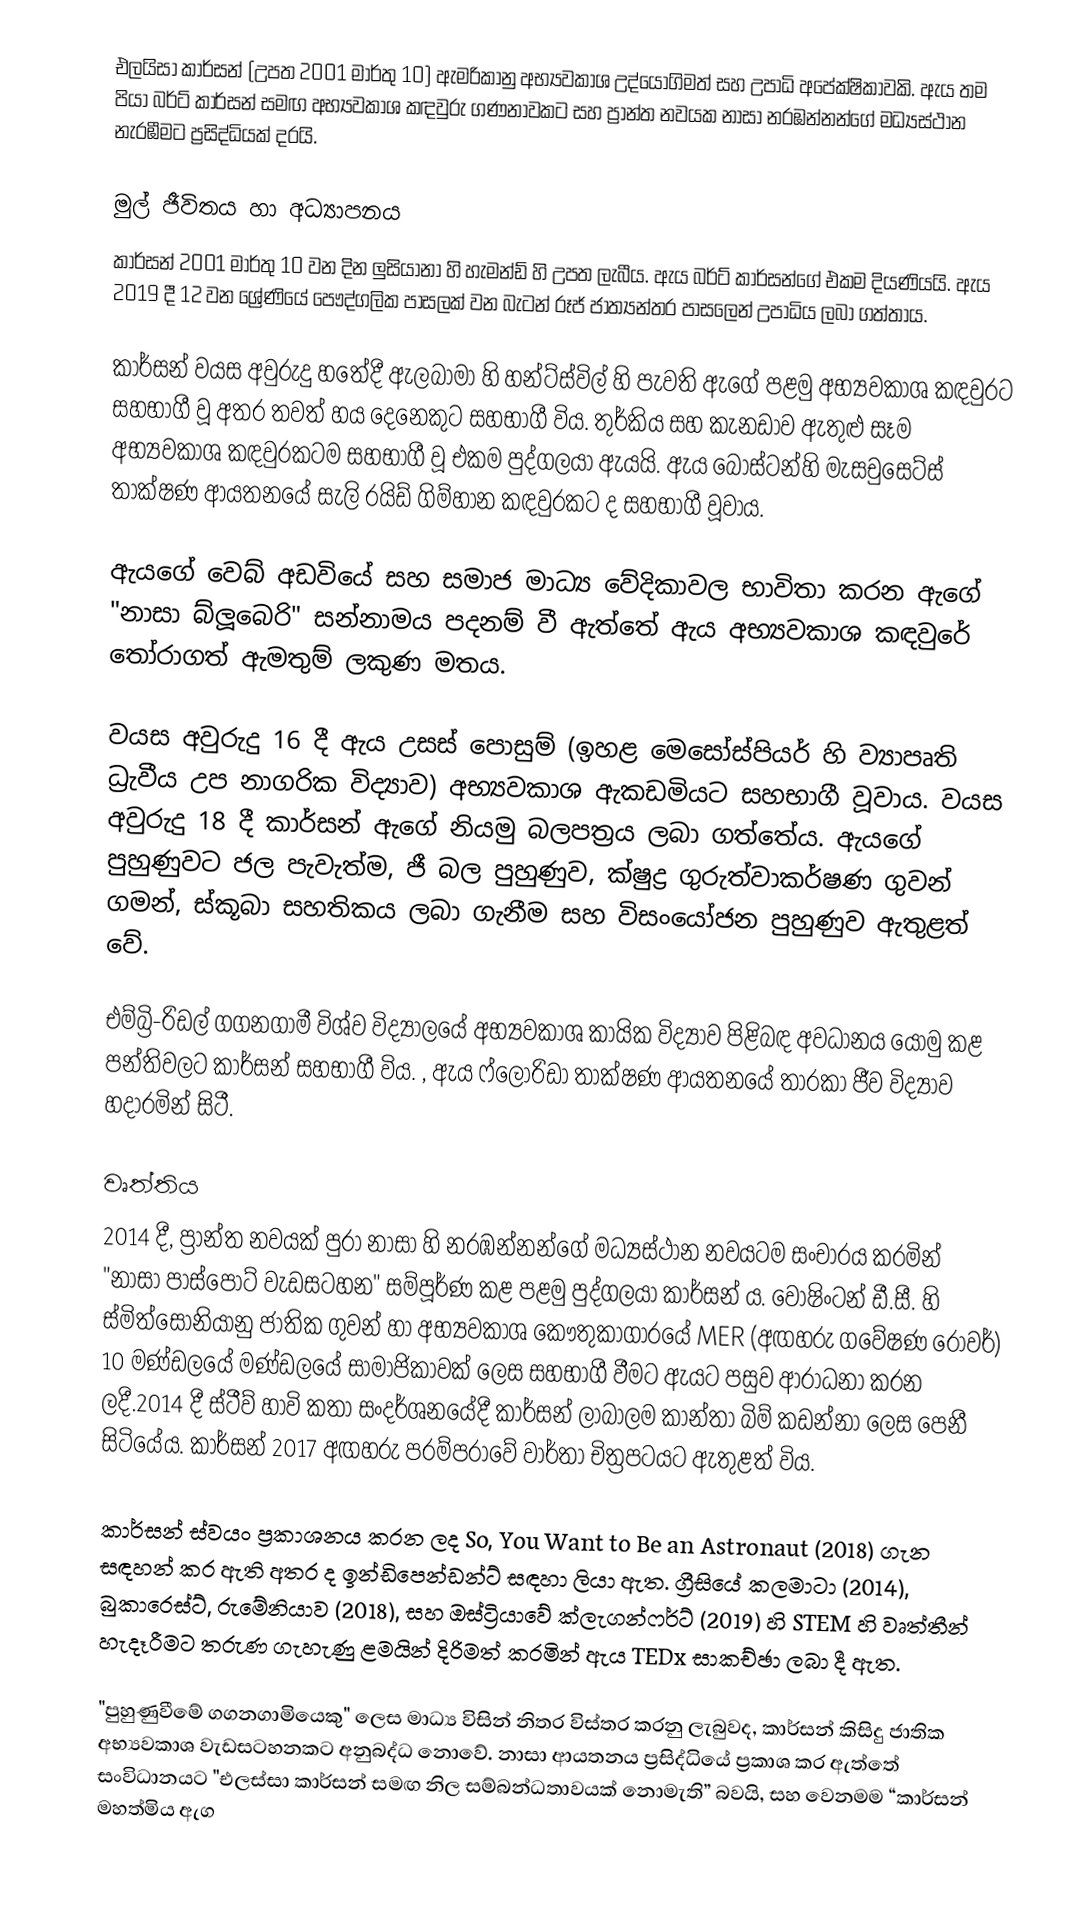
එලයිසා කාර්සන් (උපත 2001 මාර්තු 10) ඇමරිකානු අභ්‍යවකාශ උද්යෝගිමත් සහ උපාධි අපේක්ෂිකාවකි. ඇය තම පියා බර්ට් කාර්සන් සමඟ අභ්‍යවකාශ කඳවුරු ගණනාවකට සහ ප්‍රාන්ත නවයක නාසා නරඹන්නන්ගේ මධ්‍යස්ථාන නැරඹීමට ප්‍රසිද්ධියක්  දරයි.

මුල් ජීවිතය හා අධ්‍යාපනය
කාර්සන් 2001 මාර්තු 10 වන දින ලුසියානා හි හැමන්ඩ් හි උපත ලැබීය.  ඇය බර්ට් කාර්සන්ගේ එකම දියණියයි. ඇය 2019 දී 12 වන ශ්‍රේණියේ පෞද්ගලික පාසලක් වන බැටන් රූජ් ජාත්‍යන්තර පාසලෙන් උපාධිය ලබා ගත්තාය.

කාර්සන් වයස අවුරුදු හතේදී ඇලබාමා හි හන්ට්ස්විල් හි පැවති ඇගේ පළමු අභ්‍යවකාශ කඳවුරට සහභාගී වූ අතර තවත් හය දෙනෙකුට සහභාගී විය.   තුර්කිය සහ කැනඩාව ඇතුළු සෑම අභ්‍යවකාශ කඳවුරකටම සහභාගී වූ එකම පුද්ගලයා ඇයයි.  ඇය බොස්ටන්හි මැසචුසෙට්ස් තාක්ෂණ ආයතනයේ සැලි රයිඩ් ගිම්හාන කඳවුරකට ද සහභාගී වූවාය.

ඇයගේ වෙබ් අඩවියේ සහ සමාජ මාධ්‍ය වේදිකාවල භාවිතා කරන ඇගේ "නාසා බ්ලූබෙරි" සන්නාමය පදනම් වී ඇත්තේ ඇය අභ්‍යවකාශ කඳවුරේ තෝරාගත් ඇමතුම් ලකුණ මතය.

වයස අවුරුදු 16 දී ඇය උසස් පොසුම් (ඉහළ මෙසෝස්පියර් හි ව්‍යාපෘති ධ්‍රැවීය උප නාගරික විද්‍යාව) අභ්‍යවකාශ ඇකඩමියට සහභාගී වූවාය.  වයස අවුරුදු 18 දී කාර්සන් ඇගේ නියමු බලපත්‍රය ලබා ගත්තේය.  ඇයගේ පුහුණුවට ජල පැවැත්ම, ජී බල පුහුණුව, ක්ෂුද්‍ර ගුරුත්වාකර්ෂණ ගුවන් ගමන්, ස්කූබා සහතිකය ලබා ගැනීම සහ විසංයෝජන පුහුණුව ඇතුළත් වේ.

එම්බ්‍රි-රිඩල් ගගනගාමී විශ්ව විද්‍යාලයේ අභ්‍යවකාශ කායික විද්‍යාව පිළිබඳ අවධානය යොමු කළ පන්තිවලට කාර්සන් සහභාගී විය.    , ඇය ෆ්ලොරිඩා තාක්ෂණ ආයතනයේ තාරකා ජීව විද්‍යාව හදාරමින් සිටී.

වෘත්තිය
2014 දී, ප්‍රාන්ත නවයක් පුරා නාසා හි නරඹන්නන්ගේ මධ්‍යස්ථාන නවයටම සංචාරය කරමින් "නාසා පාස්පෝට් වැඩසටහන" සම්පූර්ණ කළ පළමු පුද්ගලයා කාර්සන් ය. වොෂිංටන් ඩී.සී. හි ස්මිත්සෝනියානු ජාතික ගුවන් හා අභ්‍යවකාශ කෞතුකාගාරයේ MER (අඟහරු ගවේෂණ රෝවර්) 10 මණ්ඩලයේ මණ්ඩලයේ සාමාජිකාවක් ලෙස සහභාගී වීමට ඇයට පසුව ආරාධනා කරන ලදී.2014 දී ස්ටීව් හාවි කතා සංදර්ශනයේදී කාර්සන් ලාබාලම කාන්තා බිම් කඩන්නා ලෙස පෙනී සිටියේය. කාර්සන් 2017 අඟහරු පරම්පරාවේ වාර්තා චිත්‍රපටයට ඇතුළත් විය.

කාර්සන් ස්වයං ප්‍රකාශනය කරන ලද  So, You Want to Be an Astronaut (2018) ගැන සඳහන් කර ඇති අතර ද ඉන්ඩිපෙන්ඩන්ට් සඳහා ලියා ඇත.  ග්‍රීසියේ කලමාටා (2014),  බුකාරෙස්ට්, රුමේනියාව (2018),  සහ ඔස්ට්‍රියාවේ ක්ලැගන්ෆර්ට් (2019) හි STEM හි වෘත්තීන් හැදෑරීමට තරුණ ගැහැණු ළමයින් දිරිමත් කරමින් ඇය TEDx සාකච්ඡා ලබා දී ඇත.

"පුහුණුවීමේ ගගනගාමියෙකු" ලෙස මාධ්‍ය විසින් නිතර විස්තර කරනු ලැබුවද,   කාර්සන් කිසිදු ජාතික අභ්‍යවකාශ වැඩසටහනකට අනුබද්ධ නොවේ.   නාසා ආයතනය ප්‍රසිද්ධියේ ප්‍රකාශ කර ඇත්තේ සංවිධානයට "එලස්සා කාර්සන් සමඟ නිල සම්බන්ධතාවයක් නොමැති” බවයි,  සහ වෙනමම “කාර්සන් මහත්මිය ඇග